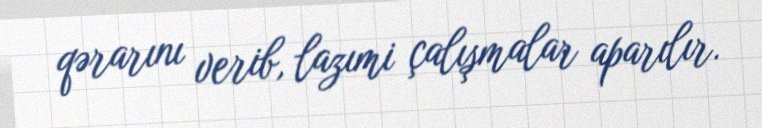
qərarını verib, lazımi çalışmalar aparılır.